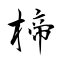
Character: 楴